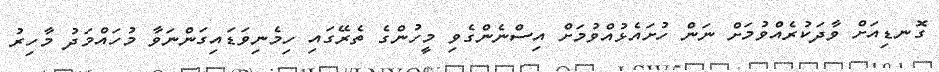
ގޮނޑިއަށް ވާދަކުރެއްވުމަށް ނަން ހުށައެޅުއްވުމަށް އިސްނެންގެވި މީހުންގެ ތެރޭގައި ހިމެނިވަޑައިގަންނަވާ މުހައްމަދު މާހިރު